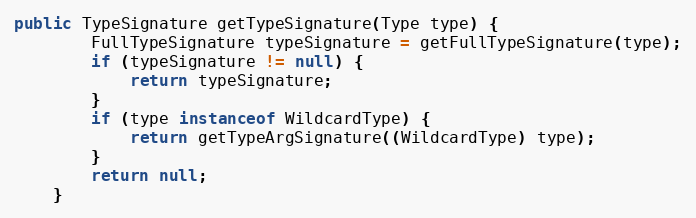
Language: Java
public TypeSignature getTypeSignature(Type type) {
		FullTypeSignature typeSignature = getFullTypeSignature(type);
		if (typeSignature != null) {
			return typeSignature;
		}
		if (type instanceof WildcardType) {
			return getTypeArgSignature((WildcardType) type);
		}
		return null;
	}